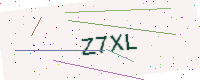
Text: Z7XL